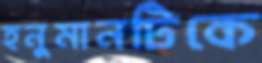
হনুমানটিকে